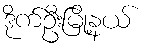
ဒိုက်ဦးမြို့နယ်